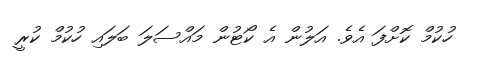
ހުކުމް ކޮށްފަ އެވެ. އަލުން އެ ކޯޓުން މައްސަލަ ބަލައި ހުކުމް ކުރީ